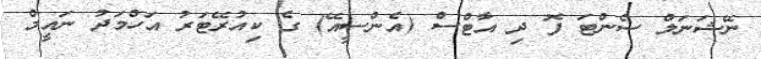
ނޭޝަނަލް ސެންޓަ ފޮ ދި އާޓްސް (އެންސީއޭ) ގެ ކިއުރޭޓަރު އަހްމަދު ނައީމް